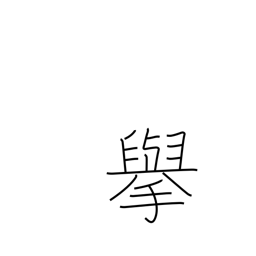
Meaning: actions